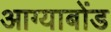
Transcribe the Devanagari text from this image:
आग्याबोंड